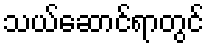
သယ်ဆောင်ရာတွင်